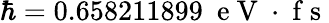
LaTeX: \hbar=0.658211899~\mathrm{~e~V~}\cdot\mathrm{~f~s~}